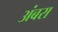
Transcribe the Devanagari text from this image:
अंबरा